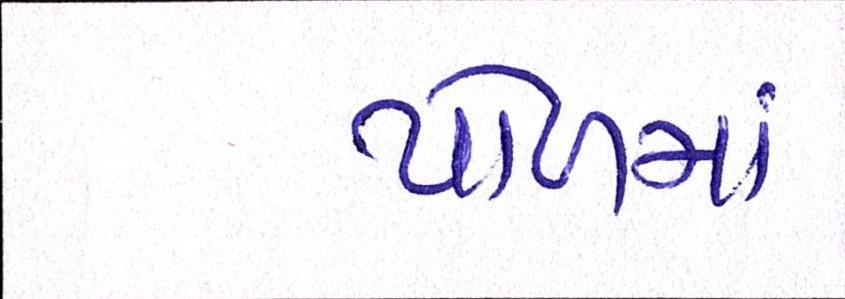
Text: પોળમાં